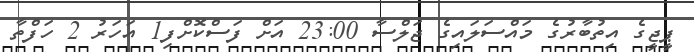
ޕީޖީގެ އިތުބާރުގެ މައްސަލައިގެ ޖަލްސާ 23:00 އަށް ފަސްކޮށްފި1 އަހަރު 2 ހަފްތާ